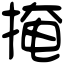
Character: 掩